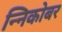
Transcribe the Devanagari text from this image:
न्निकोबर